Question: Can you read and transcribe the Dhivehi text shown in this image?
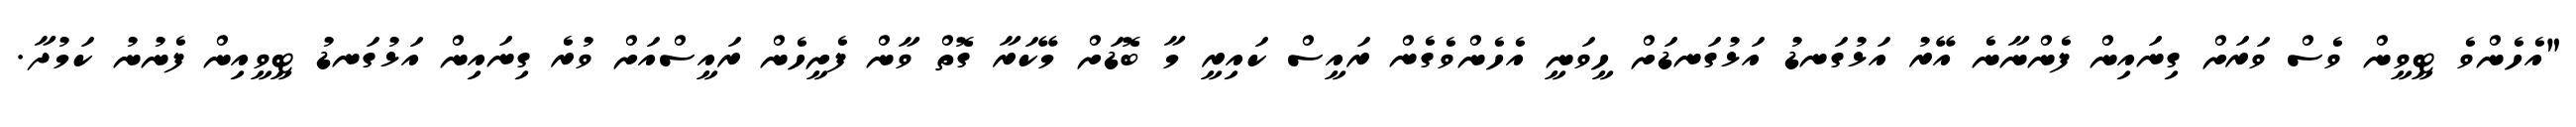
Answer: "އެހެންވެ ޓީވީން ވެސް ވަރަށް ގިނައިން ފެންނާނެ އޭރު އަޅުގަނޑު އަޅުގަނޑަށް ހީވަނީ އެހެންވެގެން ރައީސް ކައިރީ މާ ބޮޑަށް މޭކަރާ ގޮތް ވާން ފެށީހެން ރައީސްއަށް ވުރެ ގިނައިން އަޅުގަނޑު ޓީވީއިން ފެނުނު ކަމުދާ.